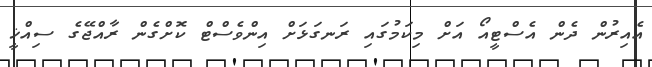
އެއިރުން ދެން އެސްޓީއޯ އަށް މިކަމުގައި ރަނގަޅަށް އިންވެސްޓް ކޮށްގެން ރާއްޖޭގެ ސިއްޚީ